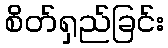
စိတ်ရှည်ခြင်း